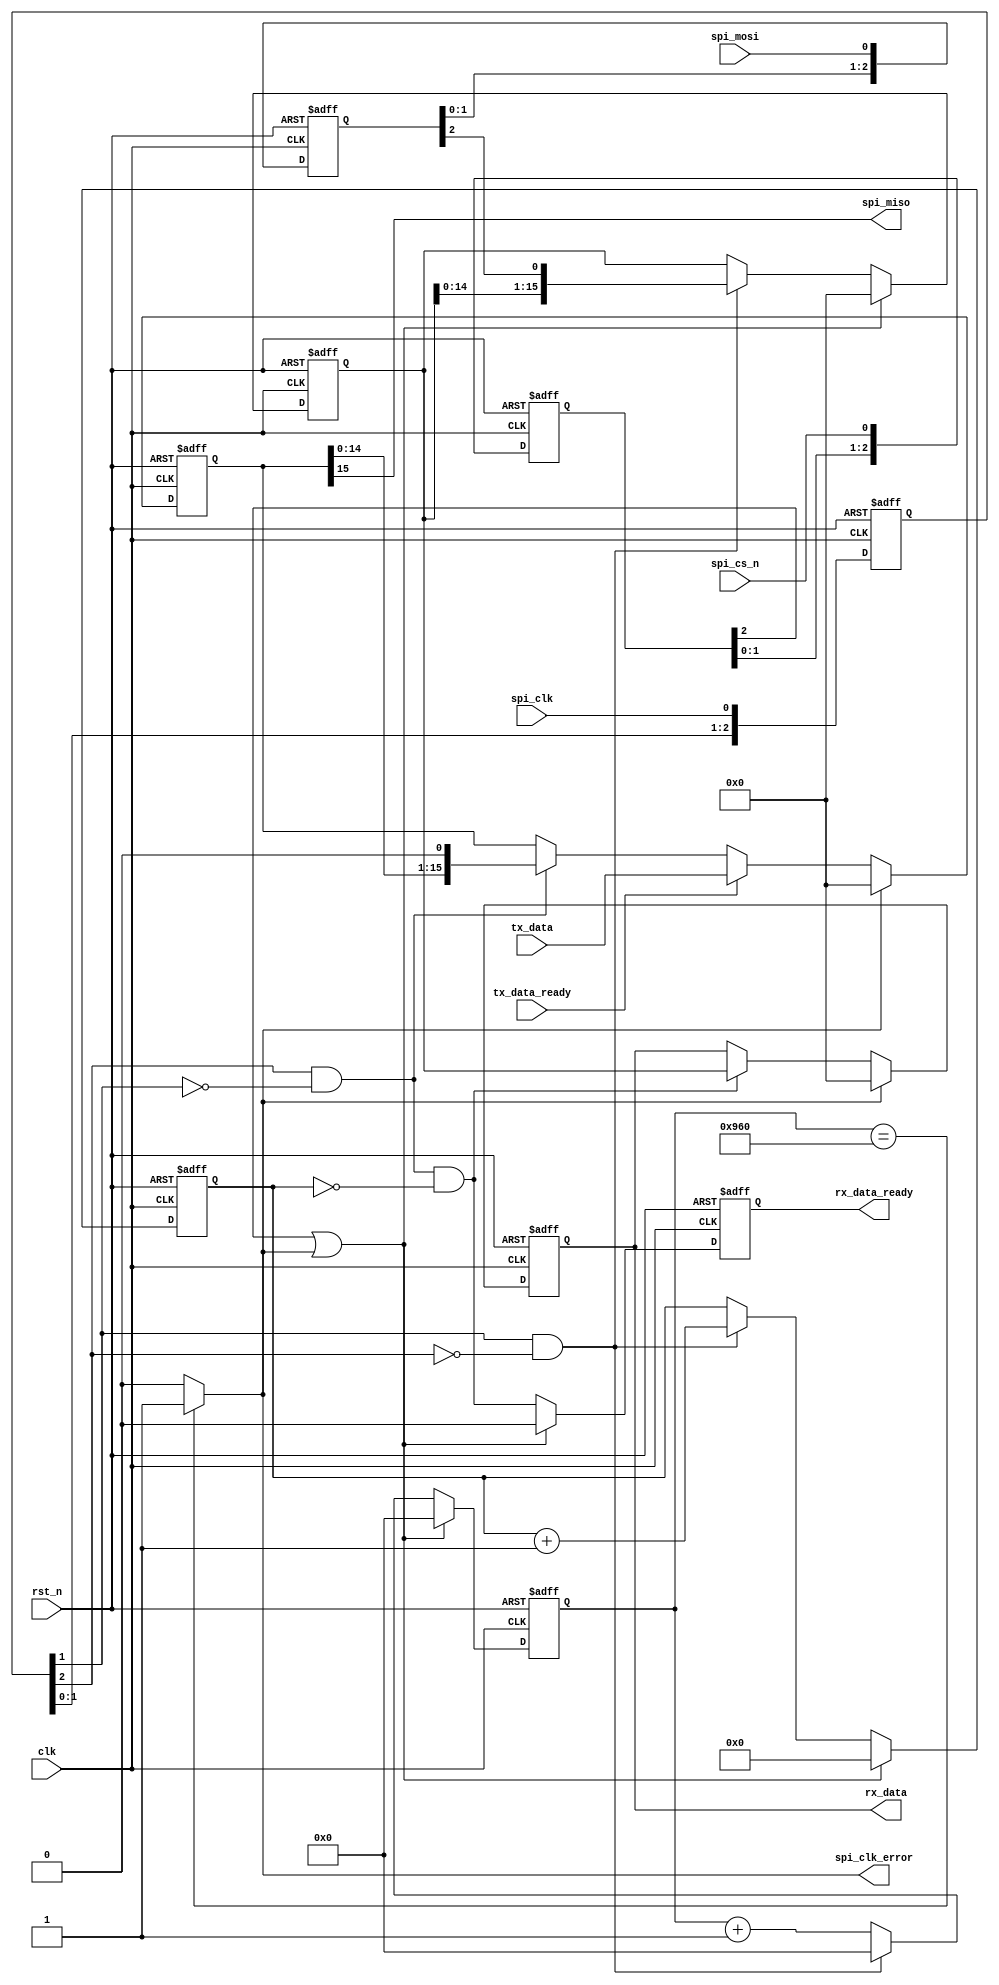
/***************************************************************************************************************
--Module Name:  spi_slave_transceiver
--Author     :  Jin
--Description:  
                polarity = 0  : idle state of spi clock is low level 
					 phase    = 0  : sample data at the rising edgesend data out at the falling edge
					 16 bits frame : MSB first
					                 
--History    :  2015-04-13  Created by Jin.                      
***************************************************************************************************************/

`timescale 1ns/100ps

module spi_slave_transceiver
(
    input  wire         clk  ,
    input  wire         rst_n,
                        
    input  wire         spi_mosi,     //spi data input from master
    input  wire         spi_cs_n,     //spi selection ,active low
    input  wire         spi_clk ,     //spi clock
    output wire         spi_miso,     //spi data output to master 
                        
    output wire         spi_clk_error,//spi clock error detection ,high level pulse active
                        
    output reg          rx_data_ready,//high level pulse active
    output reg [15:0]   rx_data      ,
    input  wire         tx_data_ready,//high level pulse active
    input  wire[15:0]   tx_data
);
//---------------------------------------------------------------------------------------------------------------
    reg [2:0]   spi_clk_buf    ;
    reg [2:0]   spi_cs_n_buf   ;
    reg [2:0]   spi_mosi_buf   ;
  
    wire        posedge_spi_clk;
    wire        negedge_spi_clk;
  
    always @ (posedge clk or negedge rst_n)   begin
	    if(!rst_n)  begin
		    spi_clk_buf     <= 3'b000;
	        spi_cs_n_buf    <= 3'b000;
		    spi_mosi_buf    <= 3'b000;
	    end
		else begin
		    spi_clk_buf     <= {spi_clk_buf[1:0] ,spi_clk}   ;
		    spi_cs_n_buf    <= {spi_cs_n_buf[1:0],spi_cs_n}  ;
		    spi_mosi_buf    <= {spi_mosi_buf[1:0],spi_mosi}  ;				
	    end		
    end
	
    assign posedge_spi_clk  = spi_clk_buf[1] & (~spi_clk_buf[2]) ; //rising edge of spi clock
    assign negedge_spi_clk  = spi_clk_buf[2] & (~spi_clk_buf[1]) ; //falling edge of spi clock
    //---------------------------------------------------------------------------------------------------------------
    /*  spi clock error detect  */
    reg  [11:0]   clk_error_cnt  ;  
 
    always @ (posedge clk or negedge rst_n)  begin
        if(!rst_n)
	        clk_error_cnt       <= 12'd0;
	    else if(spi_cs_n_buf[2]||spi_clk_error)
		    clk_error_cnt       <= 12'd0;
	    else begin
		    if(posedge_spi_clk)
			    clk_error_cnt   <= 12'd0;
		    else
		        clk_error_cnt   <= clk_error_cnt + 12'd1;
	    end		  
    end  
    assign spi_clk_error = (clk_error_cnt== 12'd2400) ? 1'b1 : 1'b0;/* spi_clk_error is asserted if spi clock is lost 
                                                                 for 240 clk cycles */	
    //---------------------------------------------------------------------------------------------------------------
    reg [15:0]  rx_shift_reg     ;// receiver shift register
    reg [3:0]   bit_cnt          ;// bit count of shift register 
  
    always @ (posedge clk or negedge rst_n)  begin
	    if(!rst_n)  begin
		    rx_shift_reg    <= 16'd0;
		    bit_cnt         <= 4'd0;
	    end
	    else if(spi_cs_n_buf[2]||spi_clk_error)  begin
		    rx_shift_reg    <= 16'd0;
		    bit_cnt         <= 4'd0;
	    end
	    else if(posedge_spi_clk) begin // shift data in at rising edge of spi clock
		    rx_shift_reg    <= {rx_shift_reg[14:0],spi_mosi_buf[2]};
	        bit_cnt         <= bit_cnt + 4'd1;
	    end
    end  
    //---------------------------------------------------------------------------------------------------------------
    wire    rx_data_ready_pre;
    assign  rx_data_ready_pre = negedge_spi_clk && (bit_cnt == 4'b0000); //data ready pulse at falling edge of last bit clock
  
    always @ (posedge clk or negedge rst_n)begin
	    if(!rst_n)
	        rx_data <= 16'd0;
	    else if(spi_clk_error)
	        rx_data <= 16'd0;
	    else if(rx_data_ready_pre)
	        rx_data <= rx_shift_reg;
    end
	 
    always @ (posedge clk or negedge rst_n)  begin     // align rx_data_ready with rx_data
        if(!rst_n)
	        rx_data_ready <= 1'd0;
	    else if(spi_cs_n_buf[2]||spi_clk_error)
		    rx_data_ready <= 1'd0;
	    else 
		    rx_data_ready <= rx_data_ready_pre;
    end
    //---------------------------------------------------------------------------------------------------------------
    reg  [15:0]    tx_shift_reg; // transmitter shift register
  
    always @ (posedge clk or negedge rst_n) begin
        if(!rst_n)
	        tx_shift_reg <= 16'd0;
        else if(spi_clk_error)
	        tx_shift_reg <= 16'd0;
        else if(tx_data_ready)
	        tx_shift_reg <= tx_data;
	    else if(negedge_spi_clk) //shift data out at falling edge of spi clock
	        tx_shift_reg <= {tx_shift_reg[14:0],1'b0};
    end  
    assign spi_miso = tx_shift_reg[15];

//---------------------------------------------------------------------------------------------------------------


endmodule